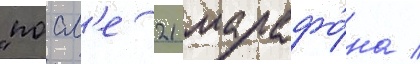
"посл'е 21 марафо́на /